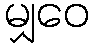
မျှဝေ